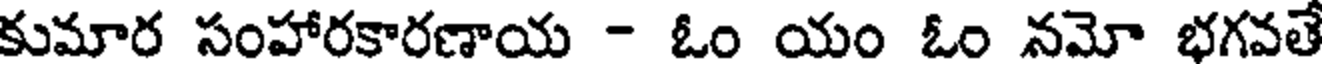
కుమార సంహారకారణాయ - ఓం యం ఓం నమో భగవతే